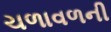
ચળાવળની